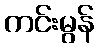
ကင်းမွန်